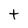
Character: t